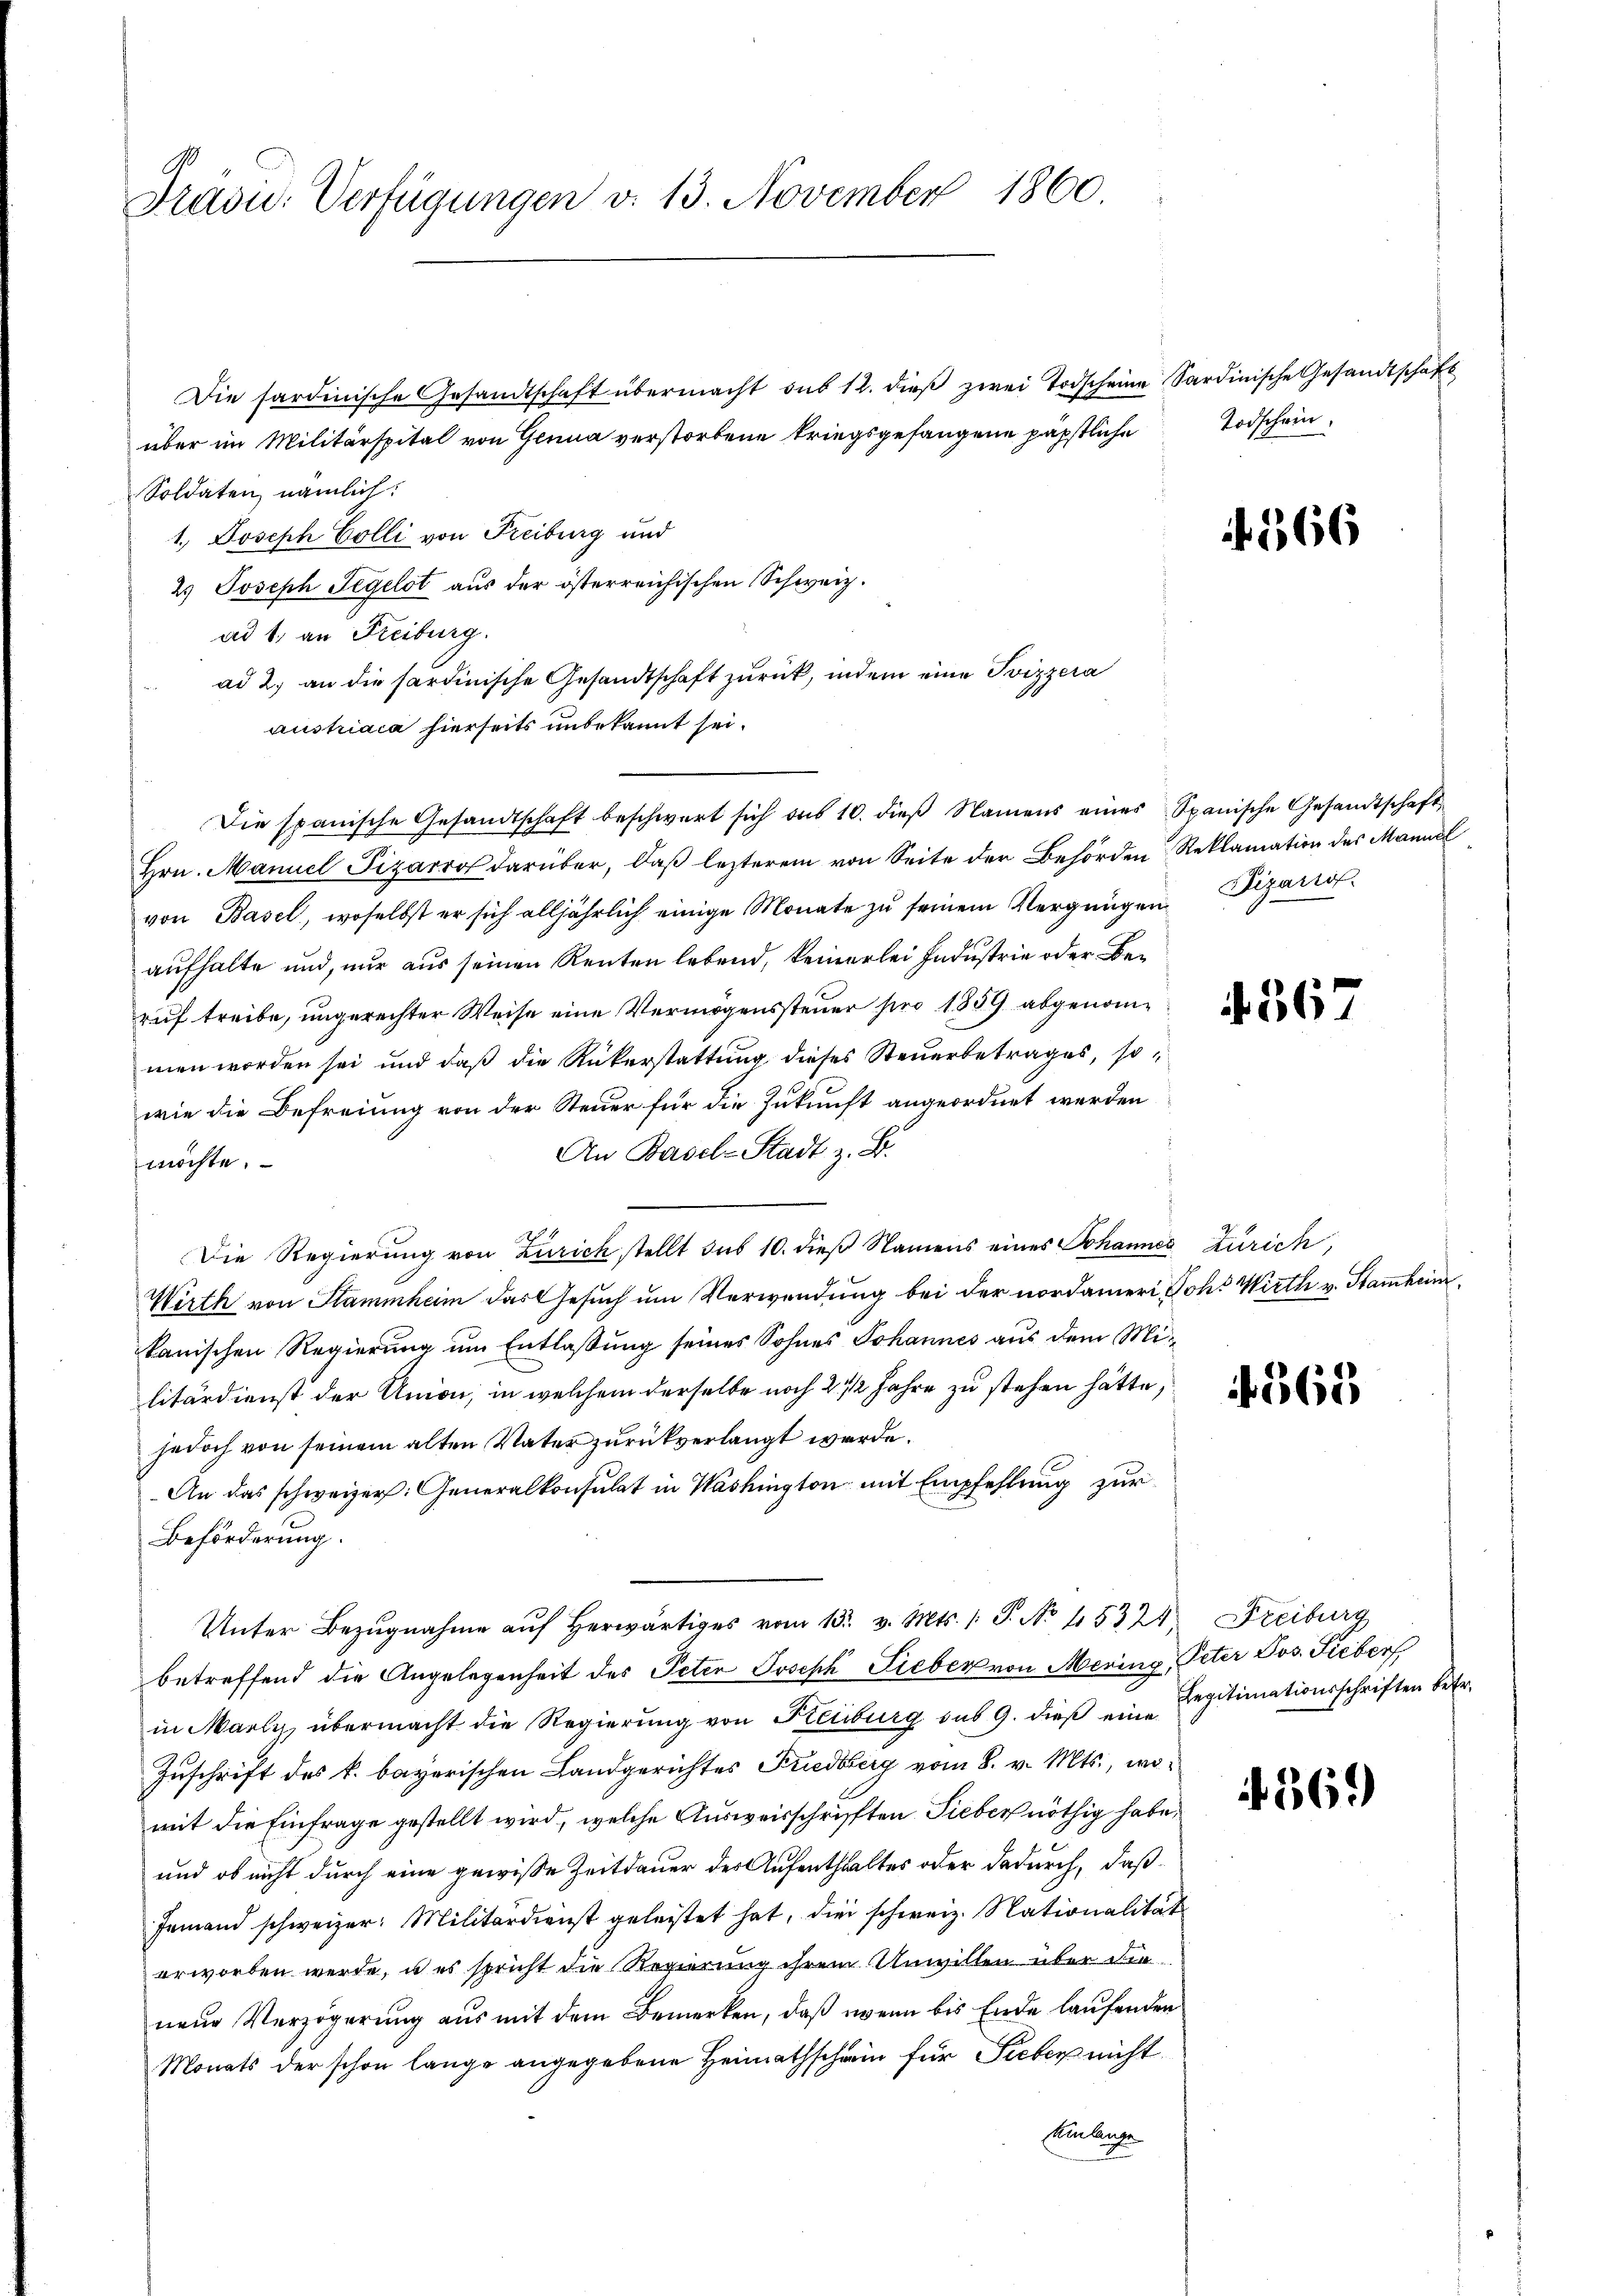
Präsid. Verfügungen v. 13. November 1860.

Die sardinische Gesandtschaft übermacht sub 12. dieβ zwei Todscheine Sardinische Gesandtschaft
über im Militärspital von Genua verstorbene kriegsgefangene päpstliche
Soldaten, nämlich:
1.) Joseph Colli von Freiburg und
2.) Joseph Segelst aus der österreichischen Schweiz.
ad 1. an Freiburg.
ad 2. an die sardinische Gesandtschaft zurück, indem eine Svizzera
austriaca hierseits unbekannt sei.
Hrn. Manuel Sizarro darüber, daβ lezterem von Seite der Behörden Reklamation des Mannel
von Basel, woselbst er sich alljährlich einige Monate zŭ seinem Vergnügen Lizario
aufhalte und, nur aus seinen Renten lebend, keinerlei Industrie oder Beruf treibe, ungerechter Weise eine Vermögenssteuer pro 1839 abgenommen worden sei und daß die Rükerstattung dieses Steuerbetrages, sowie die Befreiung von der Steuer für die Zukunft angeordnet werden
An Basel-Stadt z. B.
möchte.
Die Regierung von Zürich stellt das 10. dieß Namens eines Johannes Zürich,
Wirth von Stammheim das Gesuch um Verwendung bei der nordameri Joh. Wirth v. Stammheim
kanischen Regierung um Entlaßung seines Sohnes Johannes aus dem Militärdienst der Union, in welchem derselbe noch 2 1/2 Jahre zu stehen hätte,
jedoch von seinem alten Vater zurückverlangt werde.
An das schweizer: Generalkonsulat in Washington mit Empfehlung zur
Beförderung.
Unter Bezŭgnahme aŭf herwärtiges vom 15. v. Mts. 1 S. No 15324. Freiburg
betreffend die Angelegenheit des Peten Joseph Fieber von Mering, Peter Jos. Sieber
in Marly, übermacht die Regierŭng von Freiburg des 9. dieβ eine Regitimationsschriften betr.
Zuschrift des k. bayerischen Landgerichtes Friedberg vom 8. v. Mts., womit die Einfrage gestellt wird, welche Ausweisschrifften Sieber nöthig habe,
und ob nicht durch eine gewiße Zeitdauer der Aufenthaltes oder dadurch, daß
Jemand schweizer: Militärdienst geleistet hat, die schweiz. Nationalität
erworben werde, u es spricht die Regierung ihrem Unwillen über die
neue Verzögerung aus mit dem Bemerken, daß wenn bis Ende laufenden
Monats der schon lange angegebene Heimathschein für Sieber nicht
Einlange

Die spanische Gesandtschaft beschwert sich aus 10. dieβ Namens eines Spanische Gesandtschaft

Todschein.

366

4567

f. 565

369